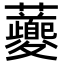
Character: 𧅄